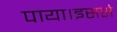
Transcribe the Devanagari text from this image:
पाया।इससे